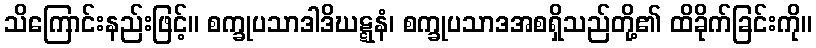
သိကြောင်းနည်းဖြင့်။ စက္ခုပသာဒါဒိဃဋ္ဋနံ၊ စက္ခုပသာဒအစရှိသည်တို့၏ ထိခိုက်ခြင်းကို။